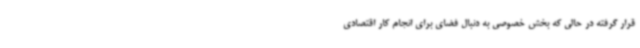
قرار گرفته در حالی که بخش خصوصی به دنبال فضای برای انجام کار اقتصادی